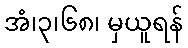
အံ၊၃၊၆၈၊ မှယူရန်